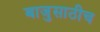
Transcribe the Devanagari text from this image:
बाजुसाठीच